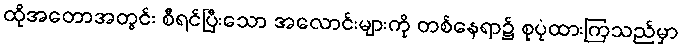
ထိုအတောအတွင်း စီရင်ပြီးသော အလောင်းများကို တစ်နေရာ၌ စုပုံထားကြသည်မှာ